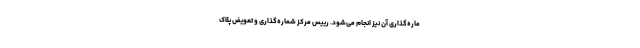
ماره‌گذاری آن نیز انجام می‌شود. رییس مرکز شماره‌گذاری و تعویض پلاک